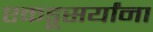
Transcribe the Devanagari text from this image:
एकडूसर्यांना